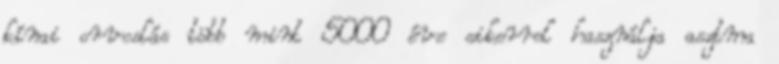
kínai orvoslás több mint 5000 éve sikerrel használja asztma